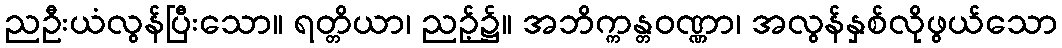
ညဦးယံလွန်ပြီးသော။ ရတ္တိယာ၊ ညဉ့်၌။ အဘိက္ကန္တဝဏ္ဏာ၊ အလွန်နှစ်လိုဖွယ်သော